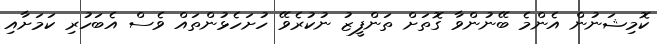
ކޮމިޝަނުން އެންމެ ބޭނުންވާ ގޮތަށް ތަންފީޒު ނުކުރެވޭ ހުށަހެޅުންތައް ވެސް އެބަހުރި ކަމަށާއި